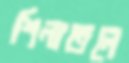
শিলাতলে